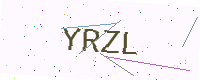
Text: YRZL